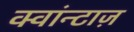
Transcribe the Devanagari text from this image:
क्वांन्टाज़